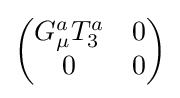
{\begin{pmatrix}G_{\mu }^{a}T_{3}^{a}&0\\0&0\end{pmatrix}}